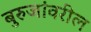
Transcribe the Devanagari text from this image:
बुरुजांवरील